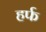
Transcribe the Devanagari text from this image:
हर्फ